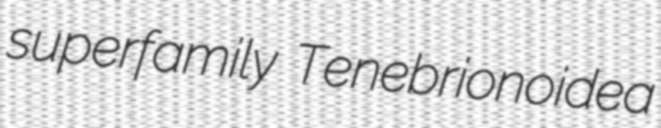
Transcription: superfamily Tenebrionoidea